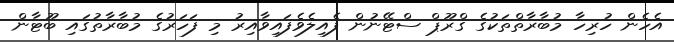
އެހެން ހުރިހާ މުބާރާތްތަކުގެ ގްރޫޕް ސްޓޭނުން ފެއިލެވެފައިވާއިރު މި ފަހަރުގެ މުބާރާތުގައި ބޫޓާން